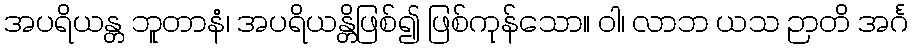
အပရိယန္တ ဘူတာနံ၊ အပရိယန္တိဖြစ်၍ ဖြစ်ကုန်သော။ ဝါ၊ လာဘ ယသ ဉာတိ အင်္ဂ